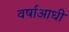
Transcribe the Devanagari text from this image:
वर्षाआधी